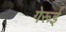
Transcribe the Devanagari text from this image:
गेरूई